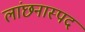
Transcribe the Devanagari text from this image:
लांछनास्‍पद